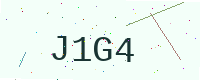
Text: J1G4